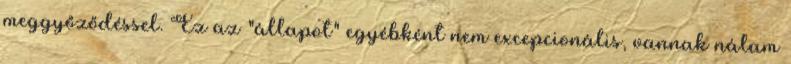
meggyőződéssel. Ez az "állapot" egyébként nem excepcionális, vannak nálam